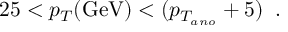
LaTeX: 2 5 < p _ { T } ( \mathrm { G e V } ) < ( p _ { T _ { a n o } } + 5 ) \; \; .